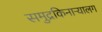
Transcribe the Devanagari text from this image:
समुद्रकिनाऱ्यालग